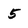
Character: 5